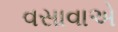
વસાવાએ